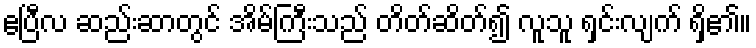
ဧပြီလ ဆည်းဆာတွင် အိမ်ကြီးသည် တိတ်ဆိတ်၍ လူသူ ရှင်းလျက် ရှိ၏။